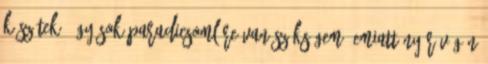
készítek, így sok paradicsomlére van szükségem, emiatt nyár végén